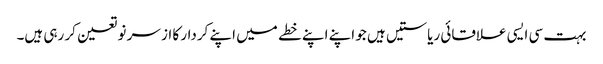
بہت سی ایسی علاقائی ریاستیں ہیں جو اپنے اپنے خطے میں اپنے کردار کا از سر نو تعین کر رہی ہیں۔